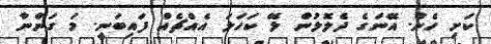
ކަށި ހެން. އޭނަގެ ދެލޮލުން ލޭ ކަހަލަ އެއްޗެއް ފައިބަނީ. މަ ގަންނާ